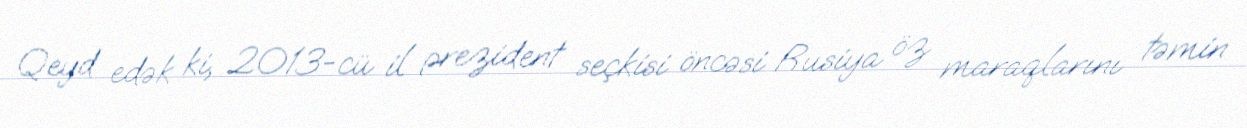
Qeyd edək ki, 2013-cü il prezident seçkisi öncəsi Rusiya öz maraqlarını təmin